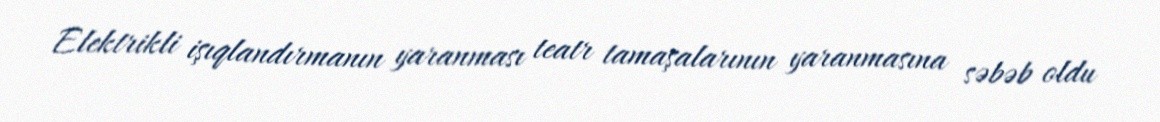
Elektrikli işıqlandırmanın yaranması teatr tamaşalarının yaranmasına səbəb oldu